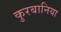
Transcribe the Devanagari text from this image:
कुरबानिया